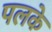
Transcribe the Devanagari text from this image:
पलके